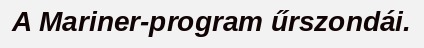
A Mariner-program űrszondái.